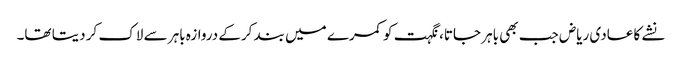
نشے کا عادی ریاض جب بھی باہر جاتا، نگہت کو کمرے میں بند کرکے دروازہ باہر سے لاک کر دیتا تھا۔